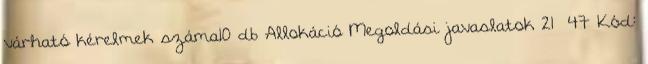
várható kérelmek száma10 db Allokáció Megoldási javaslatok 21 47 Kód: